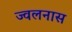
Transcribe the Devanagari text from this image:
ज्वलनास